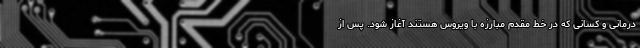
درمانی و کسانی که در خط مقدم مبارزه با ویروس هستند آغاز شود. پس از